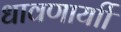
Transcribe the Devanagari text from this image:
धावणार्याी